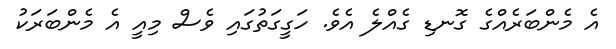
އެ މެންބަރެއްގެ ގޮނޑި ގެއްލެ އެވެ. ހަގީގަތުގައި ވެސް މިއީ އެ މެންބަރަކު